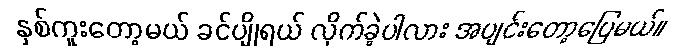
နှစ်ကူးတော့မယ် ခင်ပျိုရယ် လိုက်ခဲ့ပါလား အပျင်းတော့ပြေမယ်။